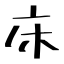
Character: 床